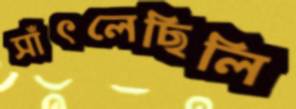
সাঁৎলেছিলি